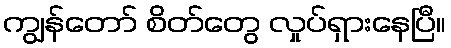
ကျွန်တော် စိတ်တွေ လှုပ်ရှားနေပြီ။